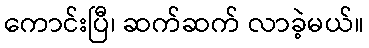
ကောင်းပြီ၊ ဆက်ဆက် လာခဲ့မယ်။